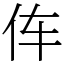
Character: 伡